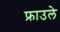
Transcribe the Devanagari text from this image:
फ्राउले